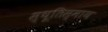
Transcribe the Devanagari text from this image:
स्थूतिस्माय